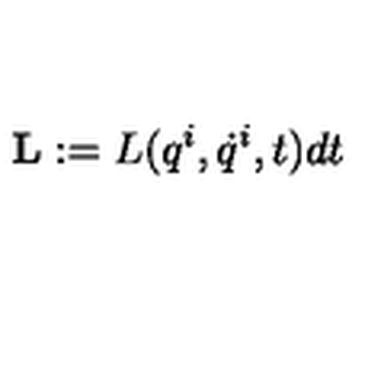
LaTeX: { \bf L } : = L ( q ^ { i } , \dot { q } ^ { i } , t ) d t